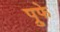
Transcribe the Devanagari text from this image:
प्रुफे